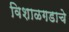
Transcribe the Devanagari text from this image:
विशाळगडाचे